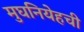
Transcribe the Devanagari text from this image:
मुघनियेहची